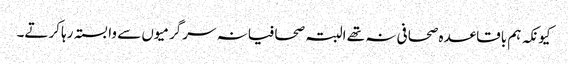
کیونکہ ہم باقاعدہ صحافی نہ تھے البتہ صحافیانہ سرگرمیوں سے وابستہ رہا کرتے۔